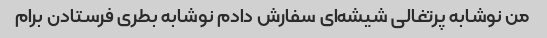
من نوشابه پرتغالی شیشه‌ای سفارش دادم نوشابه بطری فرستادن برام